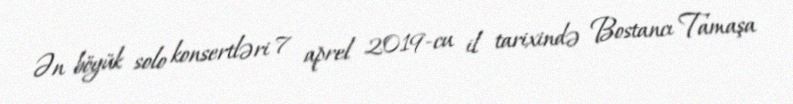
Ən böyük solo konsertləri 7 aprel 2019-cu il tarixində Bostancı Tamaşa